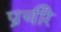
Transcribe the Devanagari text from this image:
प्रचीरे